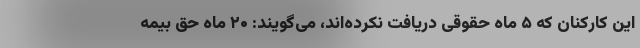
این کارکنان که ۵ ماه حقوقی دریافت نکرده‌اند، می‌گویند: ۲۰ ماه حق بیمه